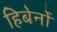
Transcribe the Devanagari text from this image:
हिबेर्नो